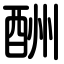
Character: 酬